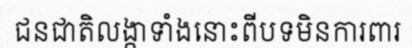
ជនជាតិលង្កាទាំងនោះពីបទមិនការពារ